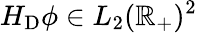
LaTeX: H_{\mathrm{D}}\phi\in L_{2}(\mathbb{R}_{+})^{2}